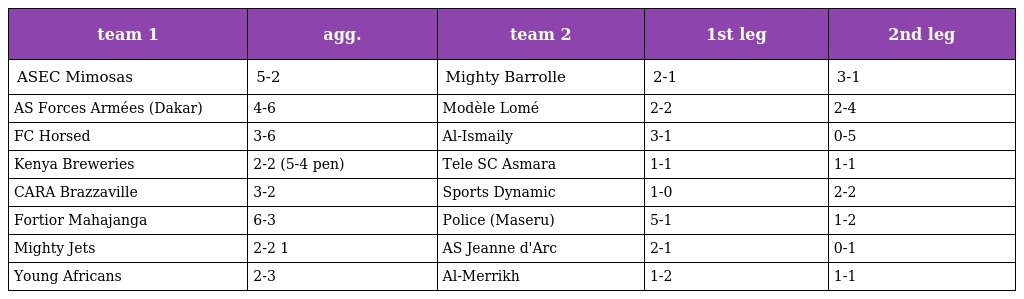
| team 1 | agg. | team 2 | 1st leg | 2nd leg |
 | --- | --- | --- | --- | --- |
 | ASEC Mimosas | 5-2 | Mighty Barrolle | 2-1 | 3-1 |
 | AS Forces Armées (Dakar) | 4-6 | Modèle Lomé | 2-2 | 2-4 |
 | FC Horsed | 3-6 | Al-Ismaily | 3-1 | 0-5 |
 | Kenya Breweries | 2-2 (5-4 pen) | Tele SC Asmara | 1-1 | 1-1 |
 | CARA Brazzaville | 3-2 | Sports Dynamic | 1-0 | 2-2 |
 | Fortior Mahajanga | 6-3 | Police (Maseru) | 5-1 | 1-2 |
 | Mighty Jets | 2-2 1 | AS Jeanne d'Arc | 2-1 | 0-1 |
 | Young Africans | 2-3 | Al-Merrikh | 1-2 | 1-1 |